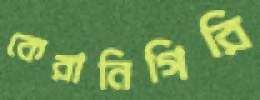
কেরানিগিরি